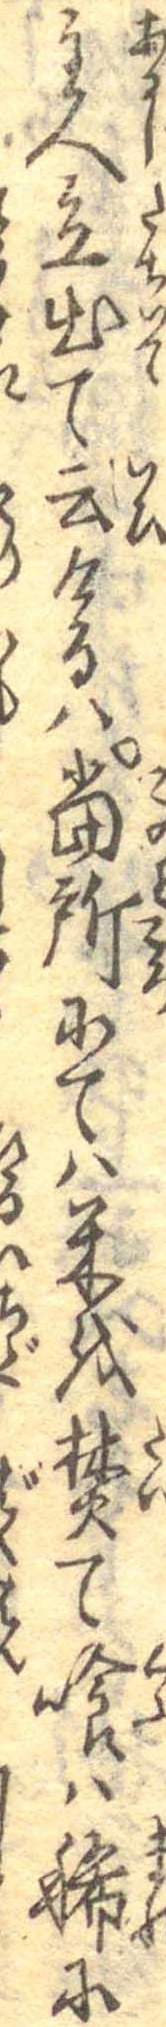
主人立出て云けるは当所にては米を焚て喰は稀に